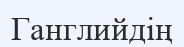
Ганглийдің